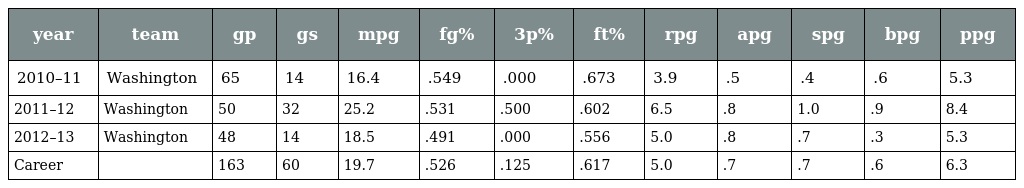
| year | team | gp | gs | mpg | fg% | 3p% | ft% | rpg | apg | spg | bpg | ppg |
 | --- | --- | --- | --- | --- | --- | --- | --- | --- | --- | --- | --- | --- |
 | 2010–11 | Washington | 65 | 14 | 16.4 | .549 | .000 | .673 | 3.9 | .5 | .4 | .6 | 5.3 |
 | 2011–12 | Washington | 50 | 32 | 25.2 | .531 | .500 | .602 | 6.5 | .8 | 1.0 | .9 | 8.4 |
 | 2012–13 | Washington | 48 | 14 | 18.5 | .491 | .000 | .556 | 5.0 | .8 | .7 | .3 | 5.3 |
 | Career |  | 163 | 60 | 19.7 | .526 | .125 | .617 | 5.0 | .7 | .7 | .6 | 6.3 |